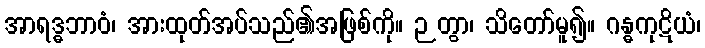
အာရဒ္ဓဘာဝံ၊ အားထုတ်အပ်သည်၏အဖြစ်ကို။ ဉတွာ၊ သိတော်မူ၍။ ဂန္ဓကုဋိယံ၊